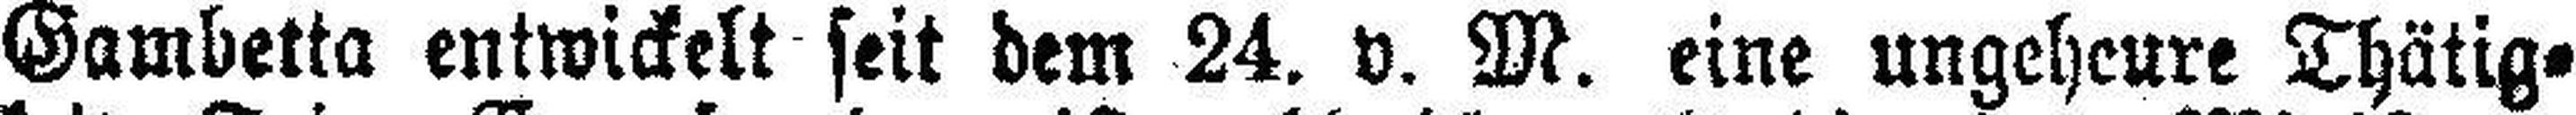
Gambetta entwickelt seit dem 24. v. M. eine ungeheure Thätig¬